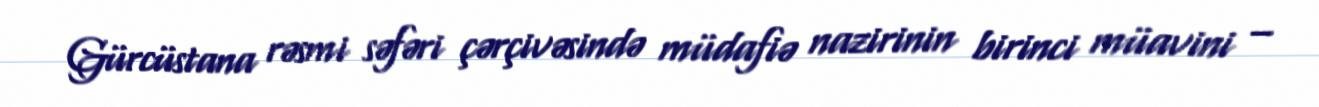
Gürcüstana rəsmi səfəri çərçivəsində müdafiə nazirinin birinci müavini –